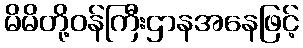
မိမိတို့ဝန်ကြီးဌာနအနေဖြင့်